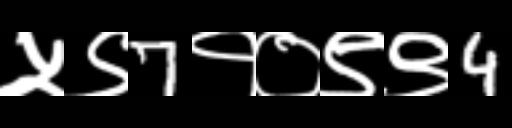
Text: ५९7१०९९4